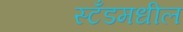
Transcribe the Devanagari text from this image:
स्टँडमधील